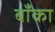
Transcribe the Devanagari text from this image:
बॉँका